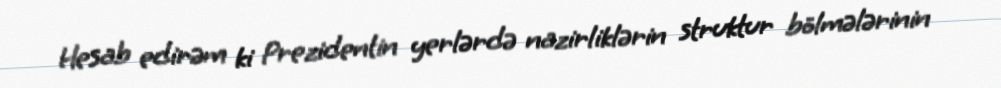
Hesab edirəm ki Prezidentin yerlərdə nazirliklərin struktur bölmələrinin